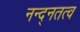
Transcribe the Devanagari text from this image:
नन्द्नतत्व